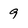
Character: 9